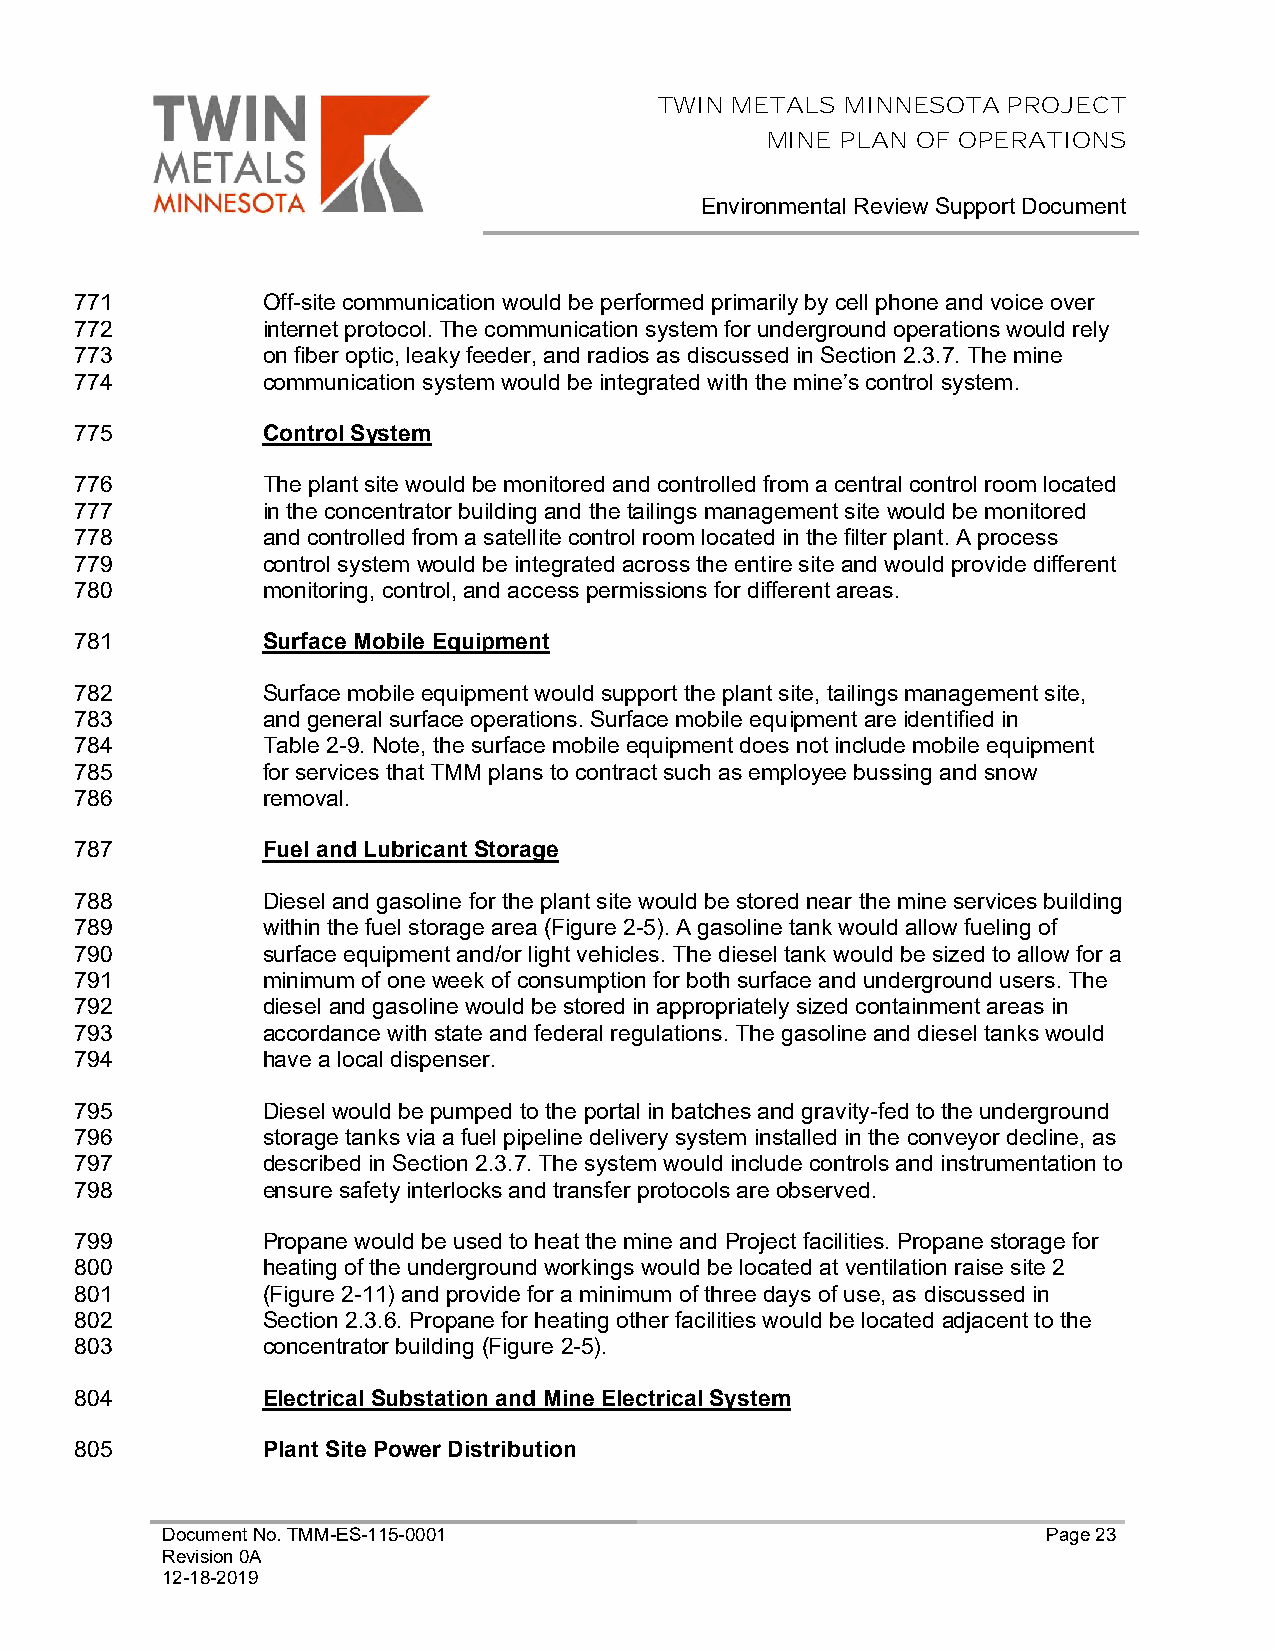
TWIN METALS MINNESOTA  PROJECT
 MINE PLAN OF OPERATIONS
 Environmental Review Support Document
 771         Off-site communication would be performed primarily by cell phone and voice over
 772         internet protocol. The communication system for underground operations would rely
 773         on fiber optic, leaky feeder, and radios as discussed in Section 2.3.7. The mine
 774         communication system would be integrated with the mine’s control system.
 775         Control System
 776         The plant site would be monitored and controlled from a central control room located
 777         in the concentrator building and the tailings management site would be monitored
 778         and controlled from a satellite control room located in the filter plant. A process
 779         control system would be integrated across the entire site and would provide different
 780         monitoring, control, and access permissions for different areas.
 781         Surface Mobile Equipment
 782         Surface mobile equipment would support the plant site, tailings management site,
 783         and general surface operations. Surface mobile equipment are identified in
 784         Table 2-9. Note, the surface mobile equipment does not include mobile equipment
 785         for services that TMM plans to contract such as employee bussing and snow
 786         removal.
 787         Fuel and Lubricant Storage
 788         Diesel and gasoline for the plant site would be stored near the mine services building
 789         within the fuel storage area (Figure 2-5). A gasoline tank would allow fueling of
 790         surface equipment and/or light vehicles. The diesel tank would be sized to allow for a
 791         minimum of one week of consumption for both surface and underground users. The
 792         diesel and gasoline would be stored in appropriately sized containment areas in
 793         accordance with state and federal regulations. The gasoline and diesel tanks would
 794         have a local dispenser.
 795         Diesel would be pumped to the portal in batches and gravity-fed to the underground
 796         storage tanks via a fuel pipeline delivery system installed in the conveyor decline, as
 797         described in Section 2.3.7. The system would include controls and instrumentation to
 798         ensure safety interlocks and transfer protocols are observed.
 799         Propane would be used to heat the mine and Project facilities. Propane storage for
 800         heating of the underground workings would be located at ventilation raise site 2
 801         (Figure 2-11) and provide for a minimum of three days of use, as discussed in
 802         Section 2.3.6. Propane for heating other facilities would be located adjacent to the
 803         concentrator building (Figure 2-5).
 804         Electrical Substation and Mine Electrical System
 805         Plant Site Power Distribution
 Document No. TMM-ES-115-0001                              Page 23
 Revision 0A
 12-18-2019